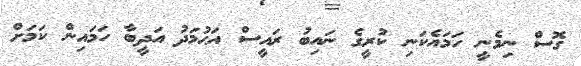
ގޮސް ނިމެނީ ހަމައެކަނި ކުރީގެ ނައިބު ރައީސް އަޙުމަދު އަދީބާ ހަމައިން ކަމަށް